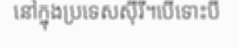
នៅក្នុងប្រទេសស៊ីរី។បើទោះបី